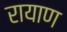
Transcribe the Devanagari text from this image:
रायाण